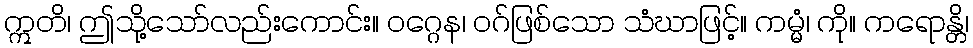
ဣတိ၊ ဤသို့သော်လည်းကောင်း။ ဝဂ္ဂေန၊ ဝဂ်ဖြစ်သော သံဃာဖြင့်။ ကမ္မံ၊ ကို။ ကရောန္တိ၊